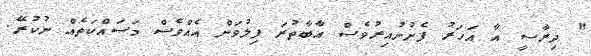
" ދިރާސީ އާ އަަހަރު ފެށުނުއިރުވެސް އާބާތުރަ ފިލުވަން އެއްވެސް މަސައްކަތެއް ނުކުރޭ.